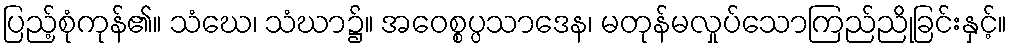
ပြည့်စုံကုန်၏။ သံဃေ၊ သံဃာ၌။ အဝေစ္စပ္ပသာဒေန၊ မတုန်မလှုပ်သောကြည်ညိုခြင်းနှင့်။